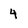
Character: 4